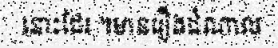
នោះដែរ ។មានរឿងដំណាល